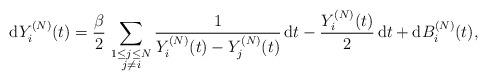
LaTeX: \begin{align*}\mathrm{d}Y^{(N)}_i(t)=\frac{\beta}{2}\,\sum_{\substack{1\le j\le N\\j\neq i}} \frac{1}{Y^{(N)}_i(t)-Y^{(N)}_j(t)}\,\mathrm{d}t-\frac{Y^{(N)}_i(t)}{2}\,\mathrm{d}t+\mathrm{d}B^{(N)}_i(t),\end{align*}